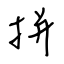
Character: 拼